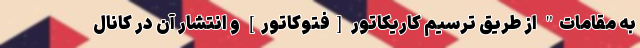
به مقامات" از طریق ترسیم کاریکاتور [فتوکاتور] و انتشار آن در کانال